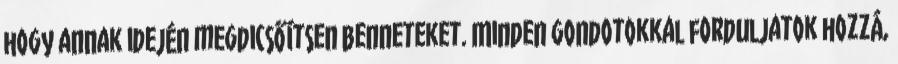
hogy annak idején megdicsőítsen benneteket. Minden gondotokkal forduljatok hozzá,